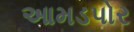
આમડપોર